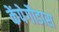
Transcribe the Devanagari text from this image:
केंपेगौडास